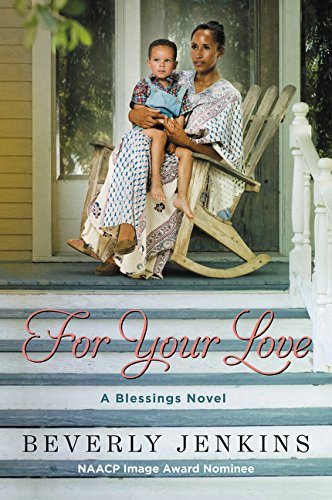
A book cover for For Your Love: A Blessings Novel; Beverly Jenkins; Literature & Fiction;